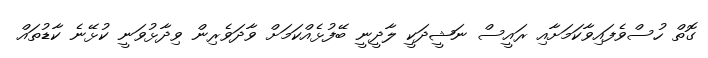
ގޮތް ހުސްވެފައިވާކަމަށާއި ރައީސް ނަޝީދަކީ ލާދީނީ ބޭފުޅެއްކަމަށް ވާދަވެރިން ވިދާޅުވަނީ ކުޅޭނެ ކާޑުތައް